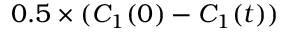
0 . 5 \times ( C _ { 1 } ( 0 ) - C _ { 1 } ( t ) )